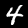
Label: 4